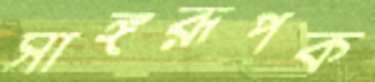
সাঙ্গরূপক